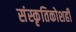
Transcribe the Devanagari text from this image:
संस्कृतिकोशही